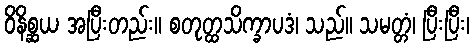
ဝိနိစ္ဆယ အပြီးတည်း။ စတုတ္ထသိက္ခာပဒံ၊ သည်။ သမတ္တံ၊ ပြီးပြီး၊